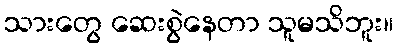
သားတွေ ဆေးစွဲနေတာ သူမသိဘူး။